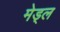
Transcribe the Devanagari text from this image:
मेड्ल